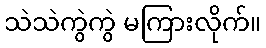
သဲသဲကွဲကွဲ မကြားလိုက်။